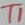
Text: TI